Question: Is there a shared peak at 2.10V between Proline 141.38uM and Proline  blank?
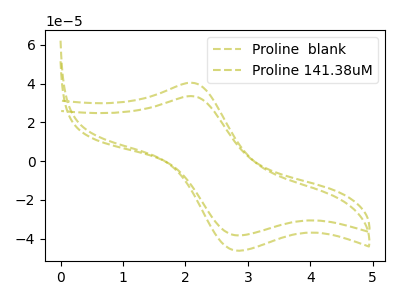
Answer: <think>The olive dashed curve "Proline  blank" has an anodic peak at (2.10V, 40.50uA) and a cathodic peak at (2.85V, -46.30uA). The olive dashed curve "Proline 141.38uM" has an anodic peak at (2.10V, 33.60uA) and a cathodic peak at (2.85V, -38.40uA).</think>
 <answer>Yes, "Proline 141.38uM" and "Proline  blank" share a peak at 2.10V.</answer>
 <eval>match</eval>